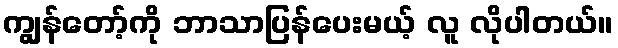
ကျွန်တော့်ကို ဘာသာပြန်ပေးမယ့် လူ လိုပါတယ်။